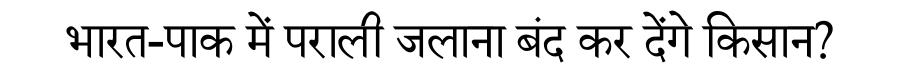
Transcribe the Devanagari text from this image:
भारत-पाक में पराली जलाना बंद कर देंगे किसान?